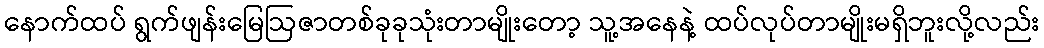
နောက်ထပ် ရွက်ဖျန်းမြေဩဇာတစ်ခုခုသုံးတာမျိုးတော့ သူ့အနေနဲ့ ထပ်လုပ်တာမျိုးမရှိဘူးလို့လည်း